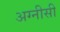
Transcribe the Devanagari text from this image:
अग्नीसी